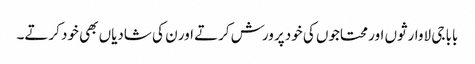
بابا جی لاوارثوں اور محتاجوں کی خود پرورش کرتے اور ن کی شادیاں بھی خود کرتے۔